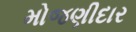
મોજણીદાર